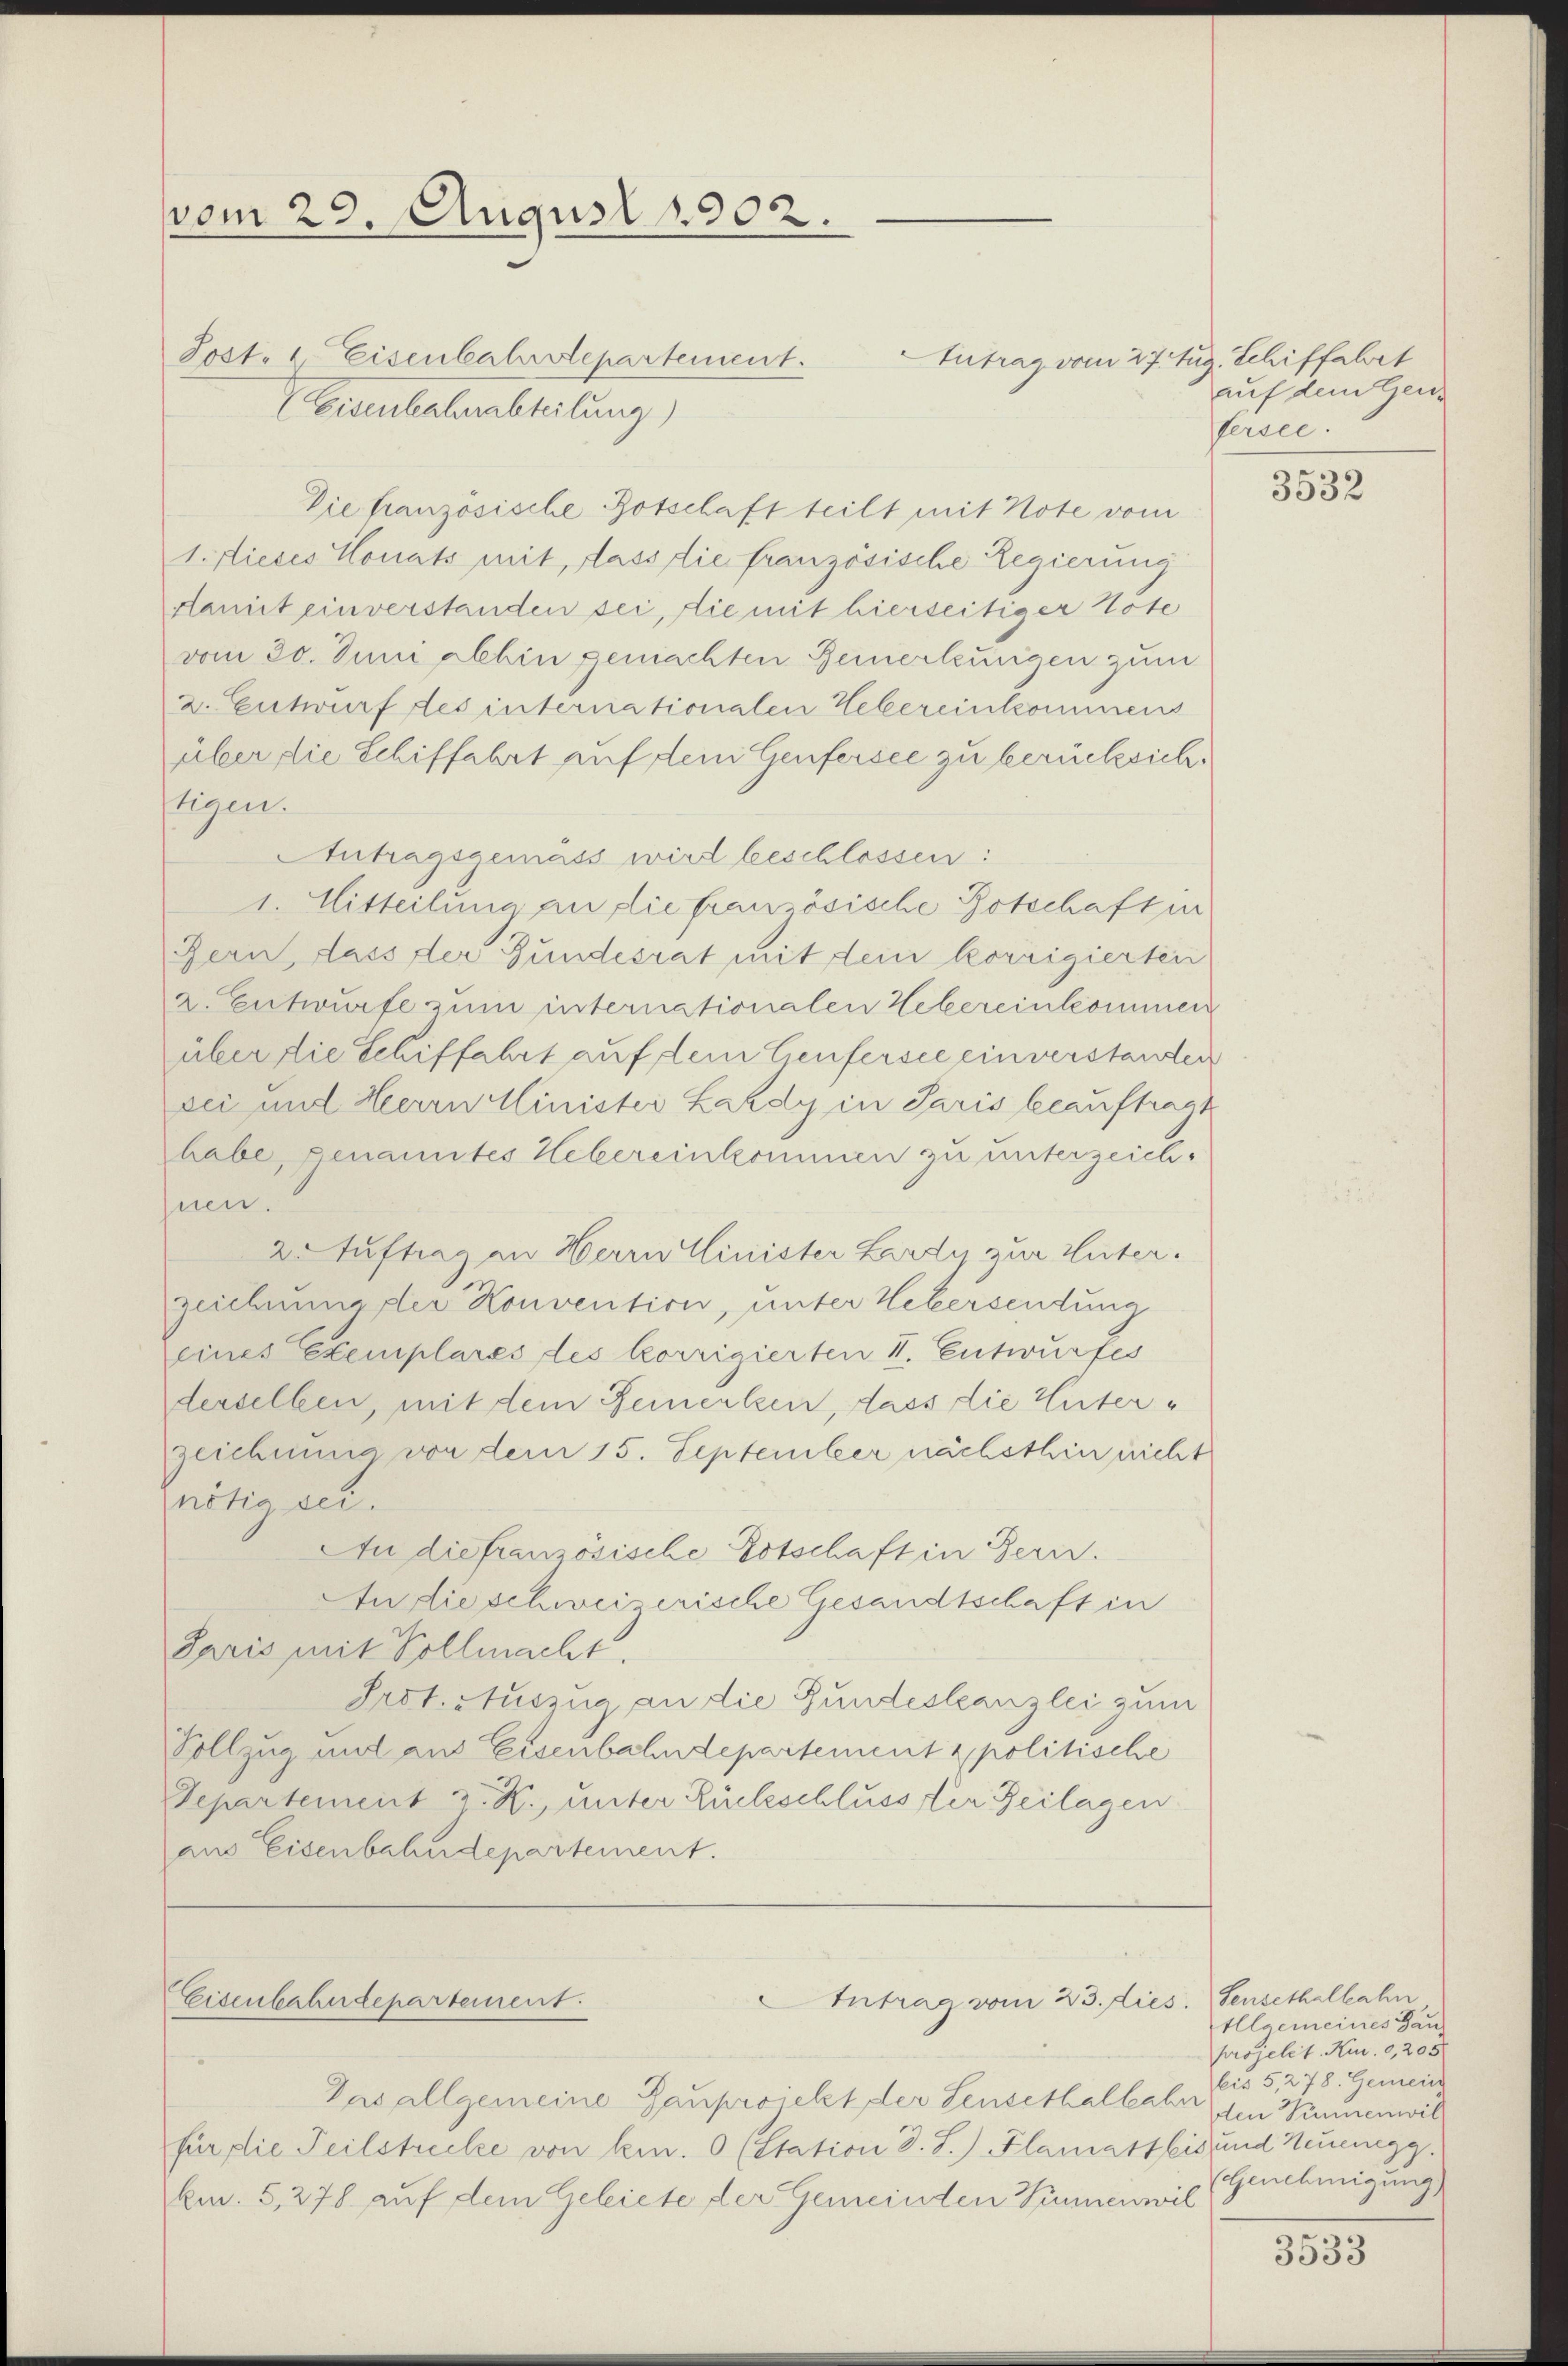
vom 29. August 1902.

Jost, 1 Eisenbahrstepartement.
Eisenbahnabteilung)
Die französische Botschaft teilt mit Note vom
1. dieses Monats mit, dass die französische Regierung
Hamit einverstanden sei, die mit hierseitiger Tote
vom 30. Juni abhin gemachten Bemerkungen zum
2. Entwurf des internationalen Hebereinkommens
über die Schiffahrt auf dem Genfersee zu berücksichtigen.
Antragsgemäss wird beschlossen:
1. Mitteilung an die französische Botschaft in
Bern, dass der Bundesrat mit dem korrigierten
a. Entwurfe zum internationalen Hebereinkommen
über die Schiffahrt auf dem Heufersee einverstanden
sei und Herrn Minister Lardy in Paris beauftragt
habe, genanntes Hebereinkommen zu unterzeichhnen.
2. Auftrag in Herrn Minister Lardy zur Unterzeichnung der Konvention, unter Webersendung
eines Exemplares des korrigierten V. Entwurfes
derselben, mit dem Bemerken, dass die Unterzeichnung von dem 15. September nächsthin nicht
nötig sei.
An die französische Botschaft in Bern.
An die schweizerische Gesandtschaft in
Paris mit Vollmacht.
Irot. Auszug an die Bundeskanzlei zum
Vollzug und aus Eisenbahndepartement & politische
Separtement v. K. unter Rückschluss der Zeilagen
aus Eisenbahndepartement.

Eisenbahndepartement.

Intrag vom 23. dies. Sensethalbahn

Antrag vom 27. Aug. Schiffahrt
auf dem Genfersee.

Das allgemeine Gaupricht der Sensethalbahn den Wimmenwil
für die Teilstrecke von kern. 0 (Station d. S.) Klamast bis und Neuenegg.
km. 5, 278 auf dem Geleiete der Gemeinden Sinnenwil

3532

Allgemeines Haus
projelit. Kur. 0,205
bis 5, 278. Gemein
(Genehmigung

3533